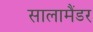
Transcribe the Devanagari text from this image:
सालामैंडर